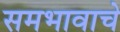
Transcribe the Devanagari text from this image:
समभावाचे